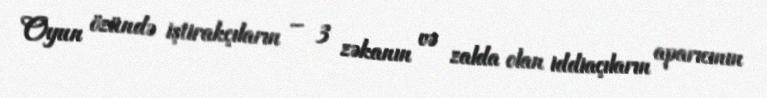
Oyun özündə iştirakçıların – 3 zəkanın və zalda olan iddiaçıların aparıcının